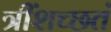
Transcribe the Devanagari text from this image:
त्रींशच्छतं